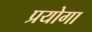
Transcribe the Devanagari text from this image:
प्रयोगा